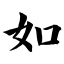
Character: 如